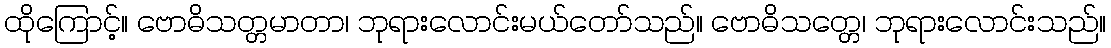
ထိုကြောင့်။ ဗောဓိသတ္တမာတာ၊ ဘုရားလောင်းမယ်တော်သည်။ ဗောဓိသတ္တေ၊ ဘုရားလောင်းသည်။